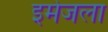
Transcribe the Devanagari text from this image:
इमेजला